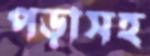
পড়াসহ